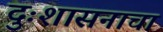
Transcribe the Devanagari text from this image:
दुःशासनाचा